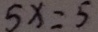
5 x = 5